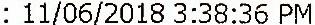
: 11/06/2018 3:38:36 PM